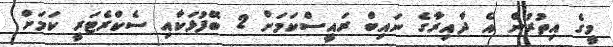
މީގެ އިތުރުން އެ ދާއިރާގެ ނައިބް ރައީސްކަމަށް 2 ބޭފުޅަކާއި ސެކްރެޓަރީ ކަމަށް